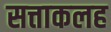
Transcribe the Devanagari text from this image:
सत्ताकलह